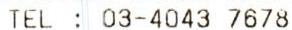
TEL : 03-4043 7678